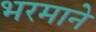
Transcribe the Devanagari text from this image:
भरमाने